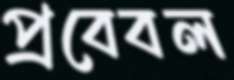
প্রবেবল